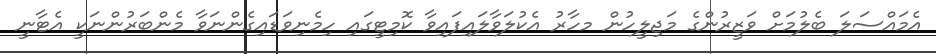
އެމައްސަލަ ބެލުމަށް ވަޒީރުންގެ މަޖިލީހުން މހާރު އެކުލަވާލައިފައިވާ ކޮމިޓީގައި ހިމެނިވަޑައިގެންނަވާ މެންބަރުންނަކީ އެޓާނީ